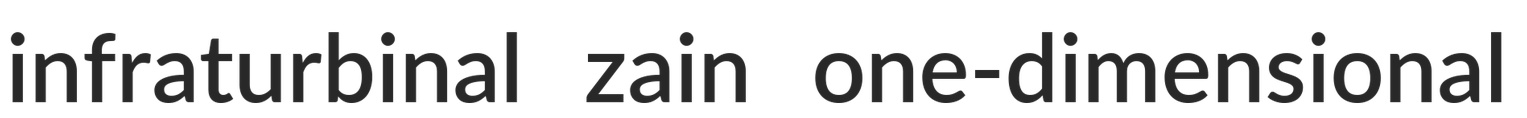
infraturbinal zain one-dimensional